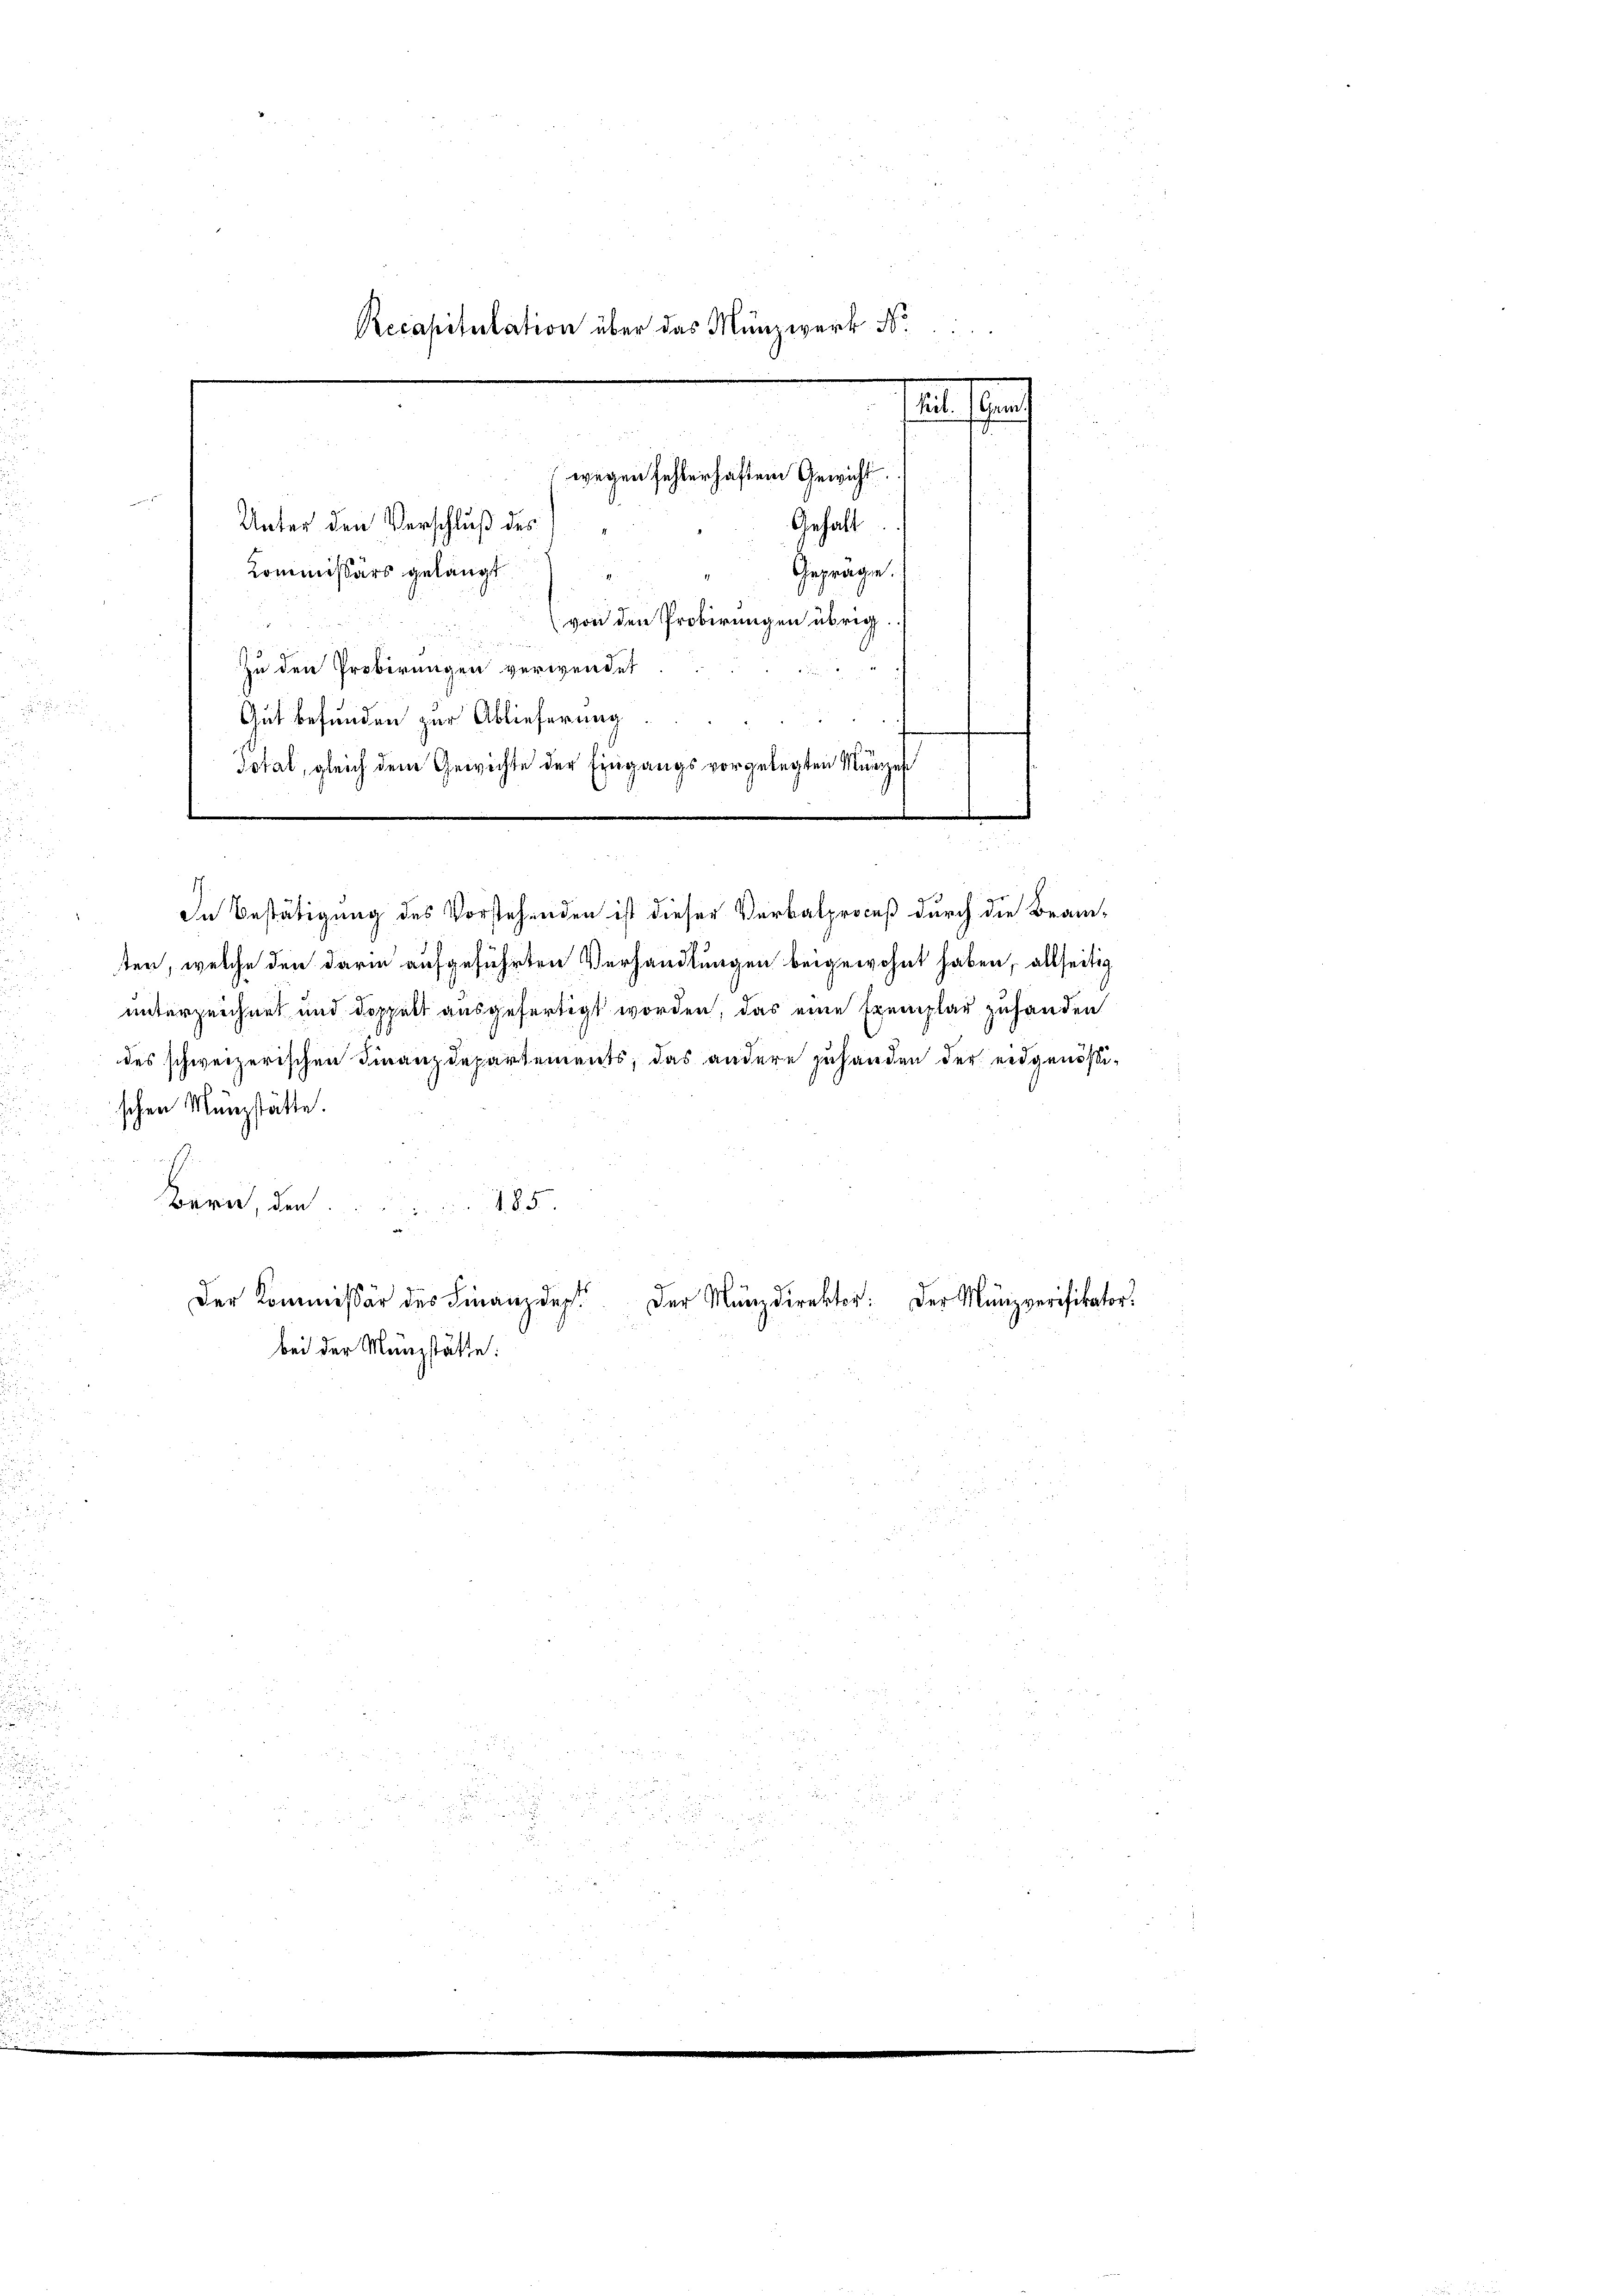
Recapitulation über das Münzwerk N
f
wegen fehlerhaften Gewicht.
Unter den Verschluß des
Gehalt
Kommissärs gelangt.
Gepräge.

von den Probirungen übrig
Zu den Probirungen verwendet
Gut befunden zur Ablieferung
Total, gleich dem Gewichte der Eingangs vorgelegten Münzen
¬
e

1
In Bestätigung des Vorstehenden ist dieser Verbalproceß durch die Beam-
ten, welche den darin aufgeführten Verhandlungen beigewohnt haben, allseitig
unterzeichnet und doppelt ausgefertigt worden, das eine Exemplar zuhanden
des schweizerischen Finanzdepartements, das andere zuhanden der eidgenössi-
schen Münzstätte.
Bern, den
 85.
“
Der Kommißär des Finanzdep
Der Münzdirektor. Der Mänzverifikator.
bei der Münzstätte:

5
u